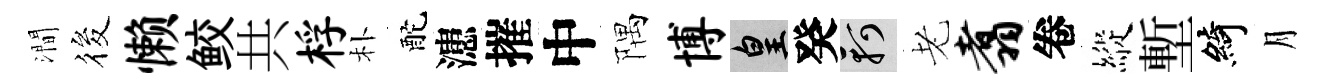
澗筱懒鲛共桴朴酡漶摧中隅博皇癸軻老翥卷縱塹綺月